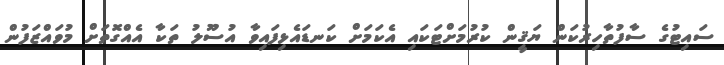
ސައިޓުގެ ސާފުތާހިރުކަން ޔަޤީން ކުރުމަށްޓަކައި އެކަމަށް ކަނޑައެޅިފައިވާ އުސޫލު ތަކާ އެއްގޮތަށް މުވައްޒަފުން